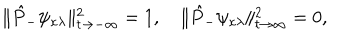
\| \hat { P } _ { - } \psi _ { \kappa \lambda } \| _ { t \rightarrow - \infty } ^ { 2 } = 1 , \quad \| \hat { P } _ { - } \psi _ { \kappa \lambda } \| _ { t \rightarrow \infty } ^ { 2 } = 0 ,